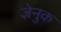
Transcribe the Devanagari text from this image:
ज़ेनुक